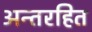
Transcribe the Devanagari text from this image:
अन्तरहित